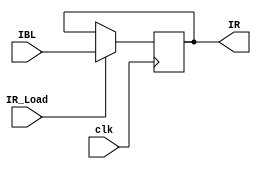
`timescale 1ns / 1ps
//////////////////////////////////////////////////////////////////////////////////
// Company: 
// Engineer: 
// 
// Design Name: 
// Module Name:    EPMP_IR 
// Project Name: 
// Target Devices: 
// Tool versions: 
// Description: 
//
// Dependencies: 
//
// Revision: 
// Revision 0.01 - File Created
// Additional Comments: 
//
//////////////////////////////////////////////////////////////////////////////////
module EPMP_IR(clk, IR_Load, IBL, IR);
    input clk;
    input IR_Load;
    input [7:0] IBL;
    output reg [7:0] IR;

always @ (posedge clk)
	if (IR_Load)
		IR <= IBL ;

endmodule